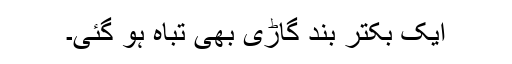
ایک بکتر بند گاڑی بھی تباہ ہو گئی۔